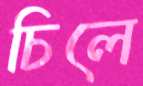
চিলে